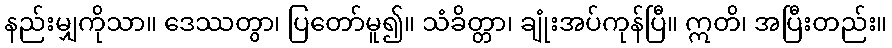
နည်းမျှကိုသာ။ ဒေဿတွာ၊ ပြတော်မူ၍။ သံခိတ္တာ၊ ချုံးအပ်ကုန်ပြီ။ ဣတိ၊ အပြီးတည်း။